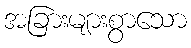
အခြားများစွာသော